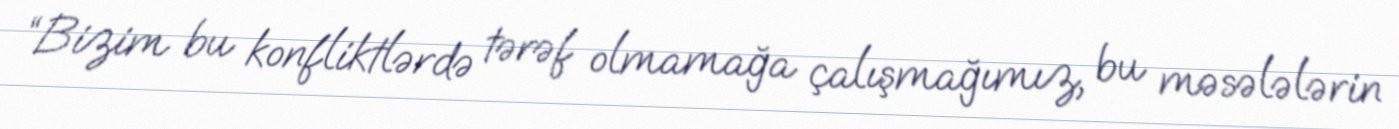
“Bizim bu konfliktlərdə tərəf olmamağa çalışmağımız, bu məsələlərin